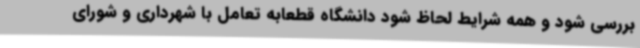
بررسی شود و همه شرایط لحاظ شود دانشگاه قطعابه تعامل با شهرداری و شورای